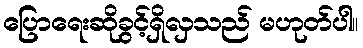
ပြောရေးဆိုခွင့်ရှိလှသည် မဟုတ်ပါ။